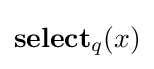
\mathbf {select} _{q}(x)